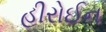
હીરોઈન